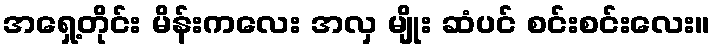
အရှေ့တိုင်း မိန်းကလေး အလှ မျိုး ဆံပင် စင်းစင်းလေး။